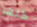
كلها